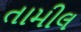
તામીલ